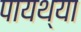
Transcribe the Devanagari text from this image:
पायथ्या